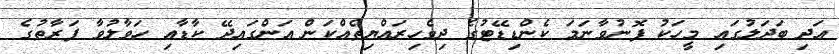
އަދި ބަދަލުގައި މީހަކު ފޮނުވާނަމަ ކެންޑިޑޭޓުގެ ދިވެހިރައްޔިތެއްކަން އަންގައިދޭ ކާޑާއި ހަވާލުވާ ފަރާތުގެ